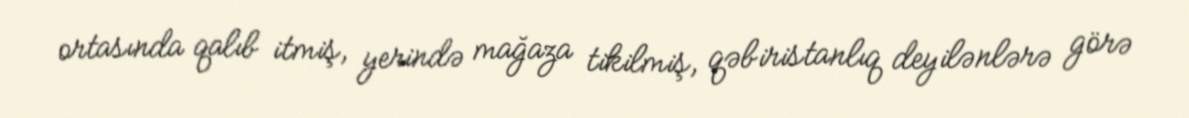
ortasında qalıb itmiş, yerində mağaza tikilmiş, qəbiristanlıq deyilənlərə görə